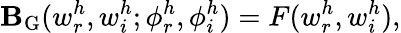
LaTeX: \mathbf{B}_{\mathrm{{G}}}(w_{r}^{h},w_{i}^{h};\phi_{r}^{h},\phi_{i}^{h})=F(w_{r}^{h},w_{i}^{h}),